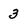
Character: 3